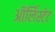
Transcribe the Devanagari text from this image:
ऑर्लिस्टेट